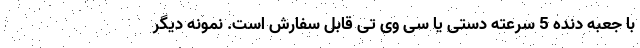
با جعبه دنده 5 سرعته دستی یا سی وی تی قابل سفارش است. نمونه دیگر